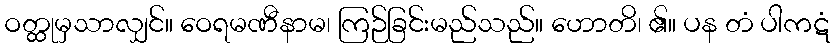
ဝတ္ထုမှသာလျှင်။ ဝေရမဏီနာမ၊ ကြဉ်ခြင်းမည်သည်။ ဟောတိ၊ ၏။ ပန တံ ပါကဋံ